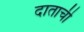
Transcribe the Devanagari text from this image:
दाताची